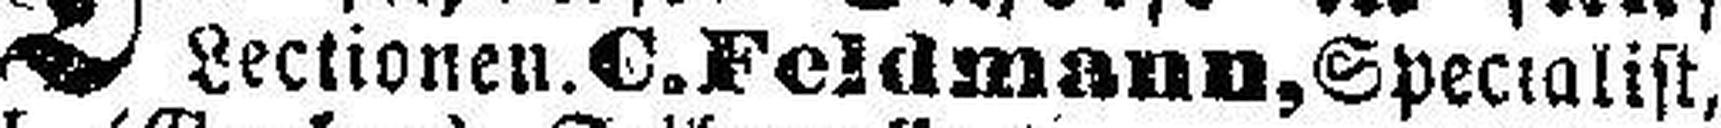
Lectionen. C. Feldmann, Specialist,